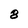
Character: 8